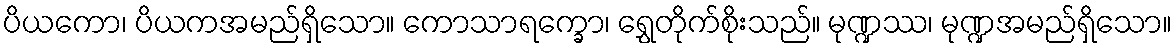
ပိယကော၊ ပိယကအမည်ရှိသော။ ကောသာရက္ခော၊ ရွှေတိုက်စိုးသည်။ မုဏ္ဍဿ၊ မုဏ္ဍအမည်ရှိသော။